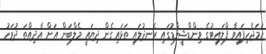
ހަމަޖެހިފައިވާ ފްލައިޓުގެ ވިންޑްޝީލްޑުގައި ރެނދުލައި ތަޅައިގެން ދިޔައީ މެލްބަން އަށް އާދިއްތަ ދުވަހު